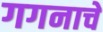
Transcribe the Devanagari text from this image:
गगनाचे